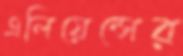
এলিয়েন্সের